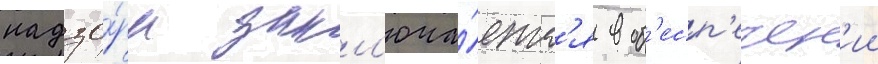
надзо́ра закл'юча́етс'я в об'есп'ечен'ии